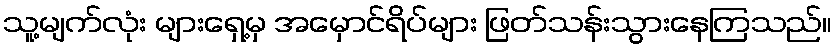
သူ့မျက်လုံး များရှေ့မှ အမှောင်ရိပ်များ ဖြတ်သန်းသွားနေကြသည်။